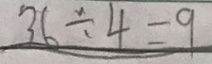
3 6 \div 4 = 9